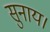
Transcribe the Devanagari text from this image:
सुनाय।